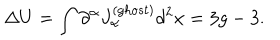
\Delta U = \int \partial ^ { \alpha } J _ { \alpha } ^ { ( g h o s t ) } d ^ { 2 } x = 3 g - 3 .